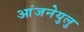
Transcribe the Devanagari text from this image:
आंजनेयुलु